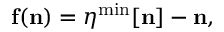
\begin{array} { r } { { \bf f } ( { \bf n } ) = { \boldsymbol \eta } ^ { \mathrm { m i n } } [ { \bf n } ] - { \bf n } , } \end{array}